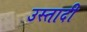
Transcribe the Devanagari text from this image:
उस्तादी